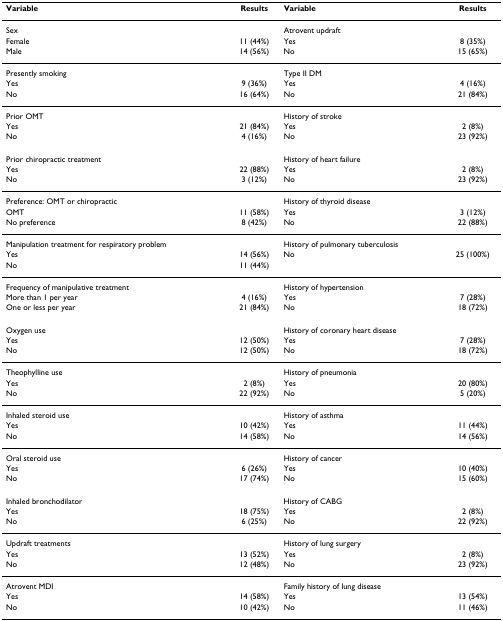
<table><thead><tr><td><b>Variable</b></td><td><b>Results</b></td><td><b>Variable</b></td><td><b>Results</b></td></tr></thead><tbody><tr><td>Sex</td><td></td><td>Atrovent updraft</td><td></td></tr><tr><td>Female</td><td>11 (44%)</td><td>Yes</td><td>8 (35%)</td></tr><tr><td>Male</td><td>14 (56%)</td><td>No</td><td>15 (65%)</td></tr><tr><td>Presently smoking</td><td></td><td>Type II DM</td><td></td></tr><tr><td>Yes</td><td>9 (36%)</td><td>Yes</td><td>4 (16%)</td></tr><tr><td>No</td><td>16 (64%)</td><td>No</td><td>21 (84%)</td></tr><tr><td>Prior OMT</td><td></td><td>History of stroke</td><td></td></tr><tr><td>Yes</td><td>21 (84%)</td><td>Yes</td><td>2 (8%)</td></tr><tr><td>No</td><td>4 (16%)</td><td>No</td><td>23 (92%)</td></tr><tr><td>Prior chiropractic treatment</td><td></td><td>History of heart failure</td><td></td></tr><tr><td>Yes</td><td>22 (88%)</td><td>Yes</td><td>2 (8%)</td></tr><tr><td>No</td><td>3 (12%)</td><td>No</td><td>23 (92%)</td></tr><tr><td>Preference: OMT or chiropractic</td><td></td><td>History of thyroid disease</td><td></td></tr><tr><td>OMT</td><td>11 (58%)</td><td>Yes</td><td>3 (12%)</td></tr><tr><td>No preference</td><td>8 (42%)</td><td>No</td><td>22 (88%)</td></tr><tr><td>Manipulation treatment for respiratory problem</td><td></td><td>History of pulmonary tuberculosis</td><td></td></tr><tr><td>Yes</td><td>14 (56%)</td><td>No</td><td>25 (100%)</td></tr><tr><td>No</td><td>11 (44%)</td><td></td><td></td></tr><tr><td>Frequency of manipulative treatment</td><td></td><td>History of hypertension</td><td></td></tr><tr><td>More than 1 per year</td><td>4 (16%)</td><td>Yes</td><td>7 (28%)</td></tr><tr><td>One or less per year</td><td>21 (84%)</td><td>No</td><td>18 (72%)</td></tr><tr><td>Oxygen use</td><td></td><td>History of coronary heart disease</td><td></td></tr><tr><td>Yes</td><td>12 (50%)</td><td>Yes</td><td>7 (28%)</td></tr><tr><td>No</td><td>12 (50%)</td><td>No</td><td>18 (72%)</td></tr><tr><td>Theophylline use</td><td></td><td>History of pneumonia</td><td></td></tr><tr><td>Yes</td><td>2 (8%)</td><td>Yes</td><td>20 (80%)</td></tr><tr><td>No</td><td>22 (92%)</td><td>No</td><td>5 (20%)</td></tr><tr><td>Inhaled steroid use</td><td></td><td>History of asthma</td><td></td></tr><tr><td>Yes</td><td>10 (42%)</td><td>Yes</td><td>11 (44%)</td></tr><tr><td>No</td><td>14 (58%)</td><td>No</td><td>14 (56%)</td></tr><tr><td>Oral steroid use</td><td></td><td>History of cancer</td><td></td></tr><tr><td>Yes</td><td>6 (26%)</td><td>Yes</td><td>10 (40%)</td></tr><tr><td>No</td><td>17 (74%)</td><td>No</td><td>15 (60%)</td></tr><tr><td>Inhaled bronchodilator</td><td></td><td>History of CABG</td><td></td></tr><tr><td>Yes</td><td>18 (75%)</td><td>Yes</td><td>2 (8%)</td></tr><tr><td>No</td><td>6 (25%)</td><td>No</td><td>22 (92%)</td></tr><tr><td>Updraft treatments</td><td></td><td>History of lung surgery</td><td></td></tr><tr><td>Yes</td><td>13 (52%)</td><td>Yes</td><td>2 (8%)</td></tr><tr><td>No</td><td>12 (48%)</td><td>No</td><td>23 (92%)</td></tr><tr><td>Atrovent MDI</td><td></td><td>Family history of lung disease</td><td></td></tr><tr><td>Yes</td><td>14 (58%)</td><td>Yes</td><td>13 (54%)</td></tr><tr><td>No</td><td>10 (42%)</td><td>No</td><td>11 (46%)</td></tr></tbody></table>